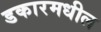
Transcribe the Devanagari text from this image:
डकारमधील